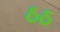
ઠઠ